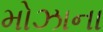
મોઝાના